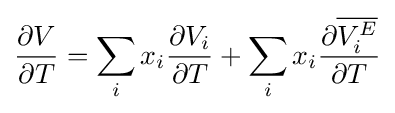
{\frac {\partial V}{\partial T}}=\sum _{i}x_{i}{\frac {\partial V_{i}}{\partial T}}+\sum _{i}x_{i}{\frac {\partial {\overline {V_{i}^{E}}}}{\partial T}}